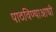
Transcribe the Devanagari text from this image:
पाठविण्याआधी